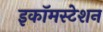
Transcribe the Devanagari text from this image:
इकॉमस्टेशन